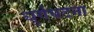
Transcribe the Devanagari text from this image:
धुर्गघटना